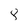
Character: 8